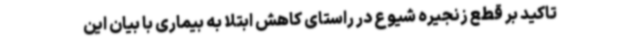
تاکید بر قطع زنجیره شیوع در راستای کاهش ابتلا به بیماری با بیان این